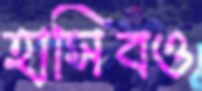
হাসিবও